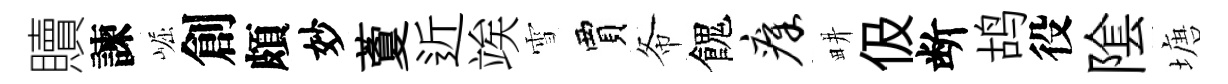
贖諫崛創頗妙藑近竢雪賈𢁙餽瘴畊伋断鸪役隂塘